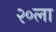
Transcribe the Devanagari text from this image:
२०ला